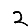
Digit: 2